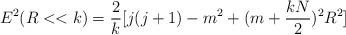
LaTeX: \begin{align*}E^2(R<<k)=\frac{2}{k}[j(j+1)-m^2+(m+\frac{kN}{2})^2 R^2]\end{align*}